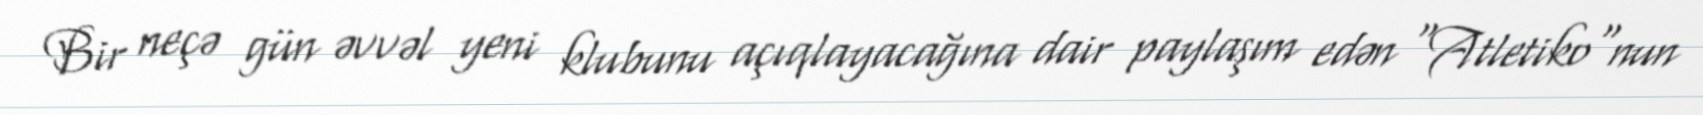
Bir neçə gün əvvəl yeni klubunu açıqlayacağına dair paylaşım edən "Atletiko"nun